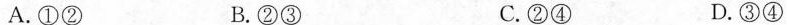
A.①② B.②③ C.②④ D.③④